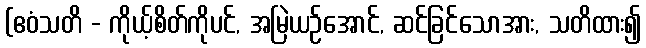
(ဧဝံသတိ - ကိုယ့်စိတ်ကိုပင်, အမြဲယဉ်အောင်, ဆင်ခြင်သောအား, သတိထား၍